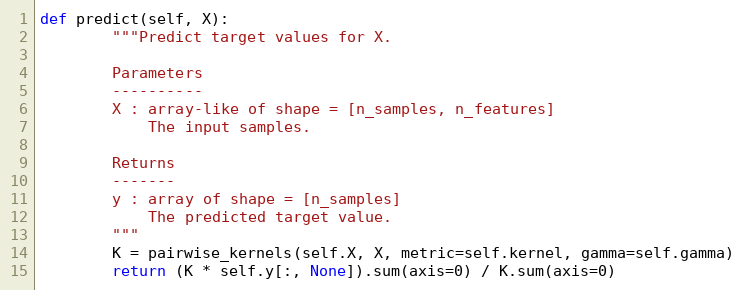
Language: Python
def predict(self, X):
        """Predict target values for X.

        Parameters
        ----------
        X : array-like of shape = [n_samples, n_features]
            The input samples.

        Returns
        -------
        y : array of shape = [n_samples]
            The predicted target value.
        """
        K = pairwise_kernels(self.X, X, metric=self.kernel, gamma=self.gamma)
        return (K * self.y[:, None]).sum(axis=0) / K.sum(axis=0)